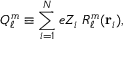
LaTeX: Q _ { \ell } ^ { m } \equiv \sum _ { i = 1 } ^ { N } e Z _ { i } \; R _ { \ell } ^ { m } ( \mathbf { r } _ { i } ) ,